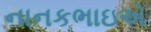
નાનકભાઇએ